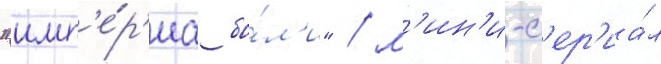
"имп'е́р'иа бо́л'и" / м'ин'и-с'ер'иа́л